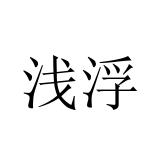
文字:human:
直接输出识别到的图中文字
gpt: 浅浮